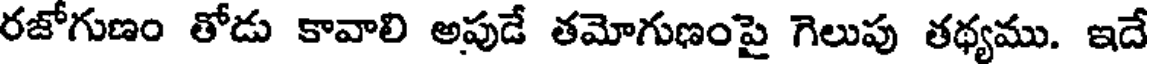
రజోగుణం తోడు కావాలి అపుడే తమోగుణంపై గెలుపు తథ్యము. ఇదే